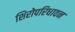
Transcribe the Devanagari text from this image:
शिरोपरिधावन